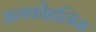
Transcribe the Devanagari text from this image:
अलकोहलिक